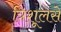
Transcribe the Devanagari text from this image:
त्रिशूलसे